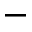
-